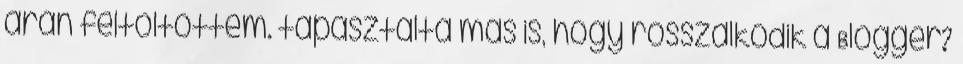
árán feltöltöttem. tapasztalta más is, hogy rosszalkodik a Blogger?